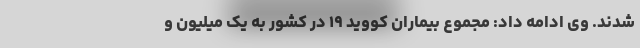
شدند. وی ادامه داد: مجموع بیماران کووید ۱۹ در کشور به یک میلیون و